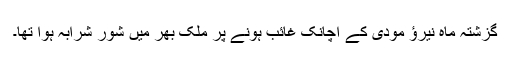
گزشتہ ماہ نیرؤ مودی کے اچانک غائب ہونے پر ملک بھر میں شور شرابہ ہوا تھا۔